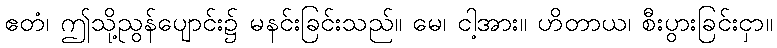
ဧတံ၊ ဤသို့ညွန်ပျောင်း၌ မနင်းခြင်းသည်။ မေ၊ ငါ့အား။ ဟိတာယ၊ စီးပွားခြင်းငှာ။